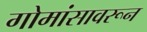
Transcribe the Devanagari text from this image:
गोमांसावरून